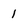
Character: 1